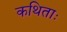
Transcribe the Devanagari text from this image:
कथिताः